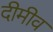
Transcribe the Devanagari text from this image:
दीमीव